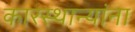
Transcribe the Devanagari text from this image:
कारस्थान्यांना